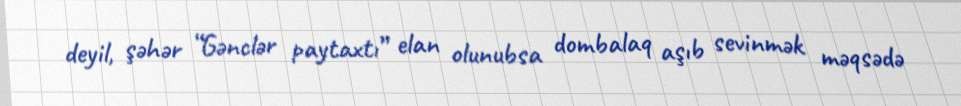
deyil, şəhər “Gənclər paytaxtı” elan olunubsa dombalaq aşıb sevinmək məqsədə